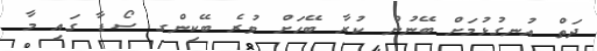
ދަތް އުނގުޅުމަށް ބޭނުން ކުރާ ބޭހަށް ވުރެ ބޭކިންގ ސޯޑާ ގައި މާ